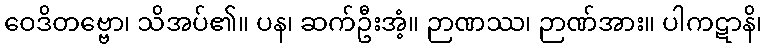
ဝေဒိတဗ္ဗော၊ သိအပ်၏။ ပန၊ ဆက်ဦးအံ့။ ဉာဏဿ၊ ဉာဏ်အား။ ပါကဋာနိ၊